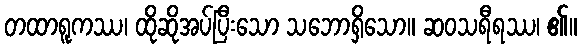
တထာရူကဿ၊ ထိုဆိုအပ်ပြီးသော သဘောရှိသော။ ဆဝသရီရဿ၊ ၏။